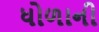
ધોળાની